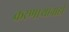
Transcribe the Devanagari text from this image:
करणाऱ्यांनाही